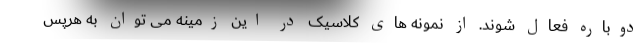
دوباره فعال شوند. از نمونه های کلاسیک در این زمینه می توان به هرپس